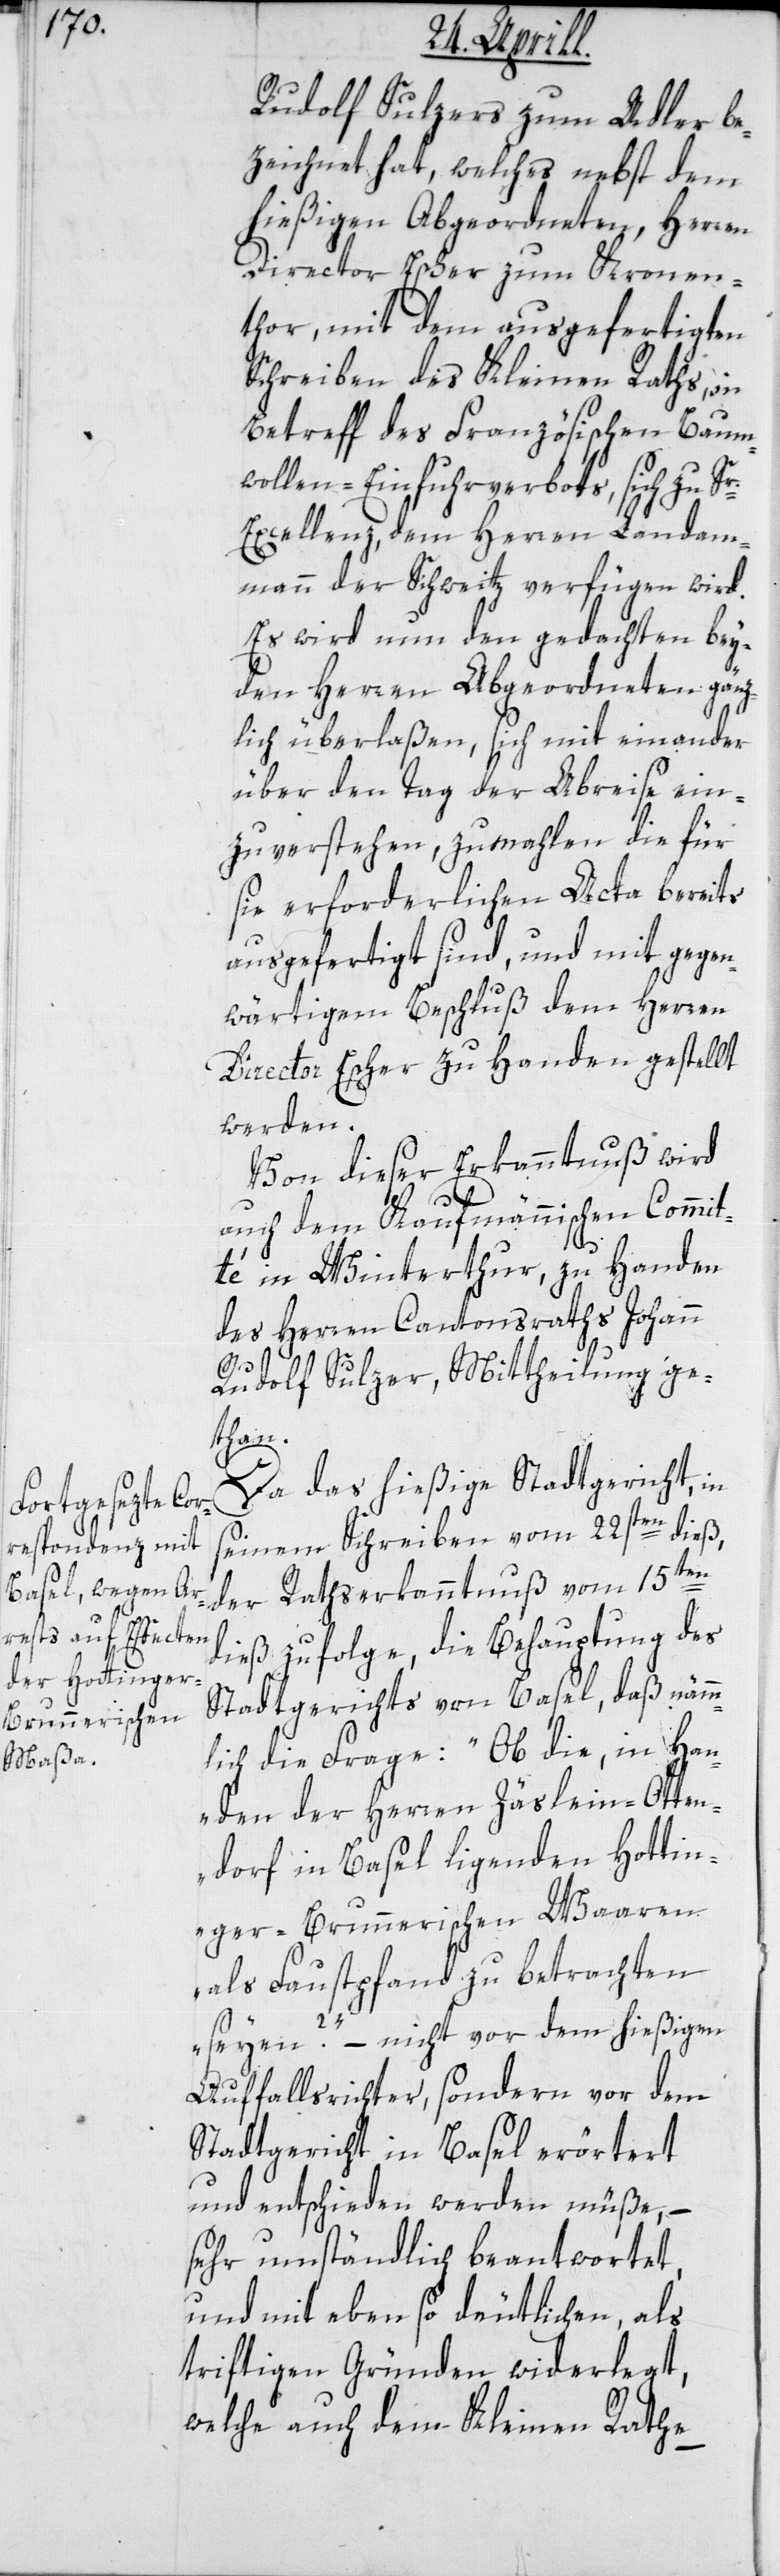
Rudolf Sulzers zum Adler be¬
zeichnet hat, welches nebst dem
hießigen Abgeordneten, Herren
Director Escher zum Kronen¬
thor, mit dem ausgefertigten
Schreiben des Kleinen Raths, in
Betreff des Französischen Baum¬
wollen-Einfuhrverbots, sich zu Sr.
Excellenz, dem Herren Landam¬
mann der Schweitz, verfügen wird.
Es wird nun den gedachten bey¬
den Herren Abgeordneten gänz¬
lich überlaßen, sich miteinander
über den Tag der Abreise ein¬
zuverstehen, zumahlen die für
sie erforderlichen Acta bereits
ausgefertigt sind, und mit gegen¬
wärtigem Beschluß dem Herren
Director Escher zu Handen gestellt
werden.
Von dieser Erkanntnuß wird
auch dem Kaufmännischen Commit¬
té in Winterthur, zu Handen
des Herren Cantonsraths Johann
Rudolf Sulzer, Mittheilung ge¬
than.
Da das hießige Stadtgericht, in
seinem Schreiben vom 22ten dieß,
der Rathserkanntnuß vom 15ten
dieß zufolge, die Behauptung des
Stadtgerichts von Basel, daß nämm¬
lich die Frage: „Ob die, in Han¬
den der Herren Zäslein-Otten¬
dorf in Basel liegenden Hottin¬
ger-Brunnerischen Waaren
als Faustpfand zu betrachten
seyen?“ – nicht vor dem hießigen
Auffallsrichter, sondern vor dem
Stadtgericht in Basel erörtert
und entschieden werden müße, –
sehr umständlich beantwortet,
und mit ebenso deutlichen, als
triftigen Gründen widerlegt,
welche auch dem Kleinen Rathe